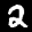
Label: 2